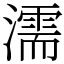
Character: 濡